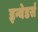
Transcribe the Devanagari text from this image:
इन्वेडर्स